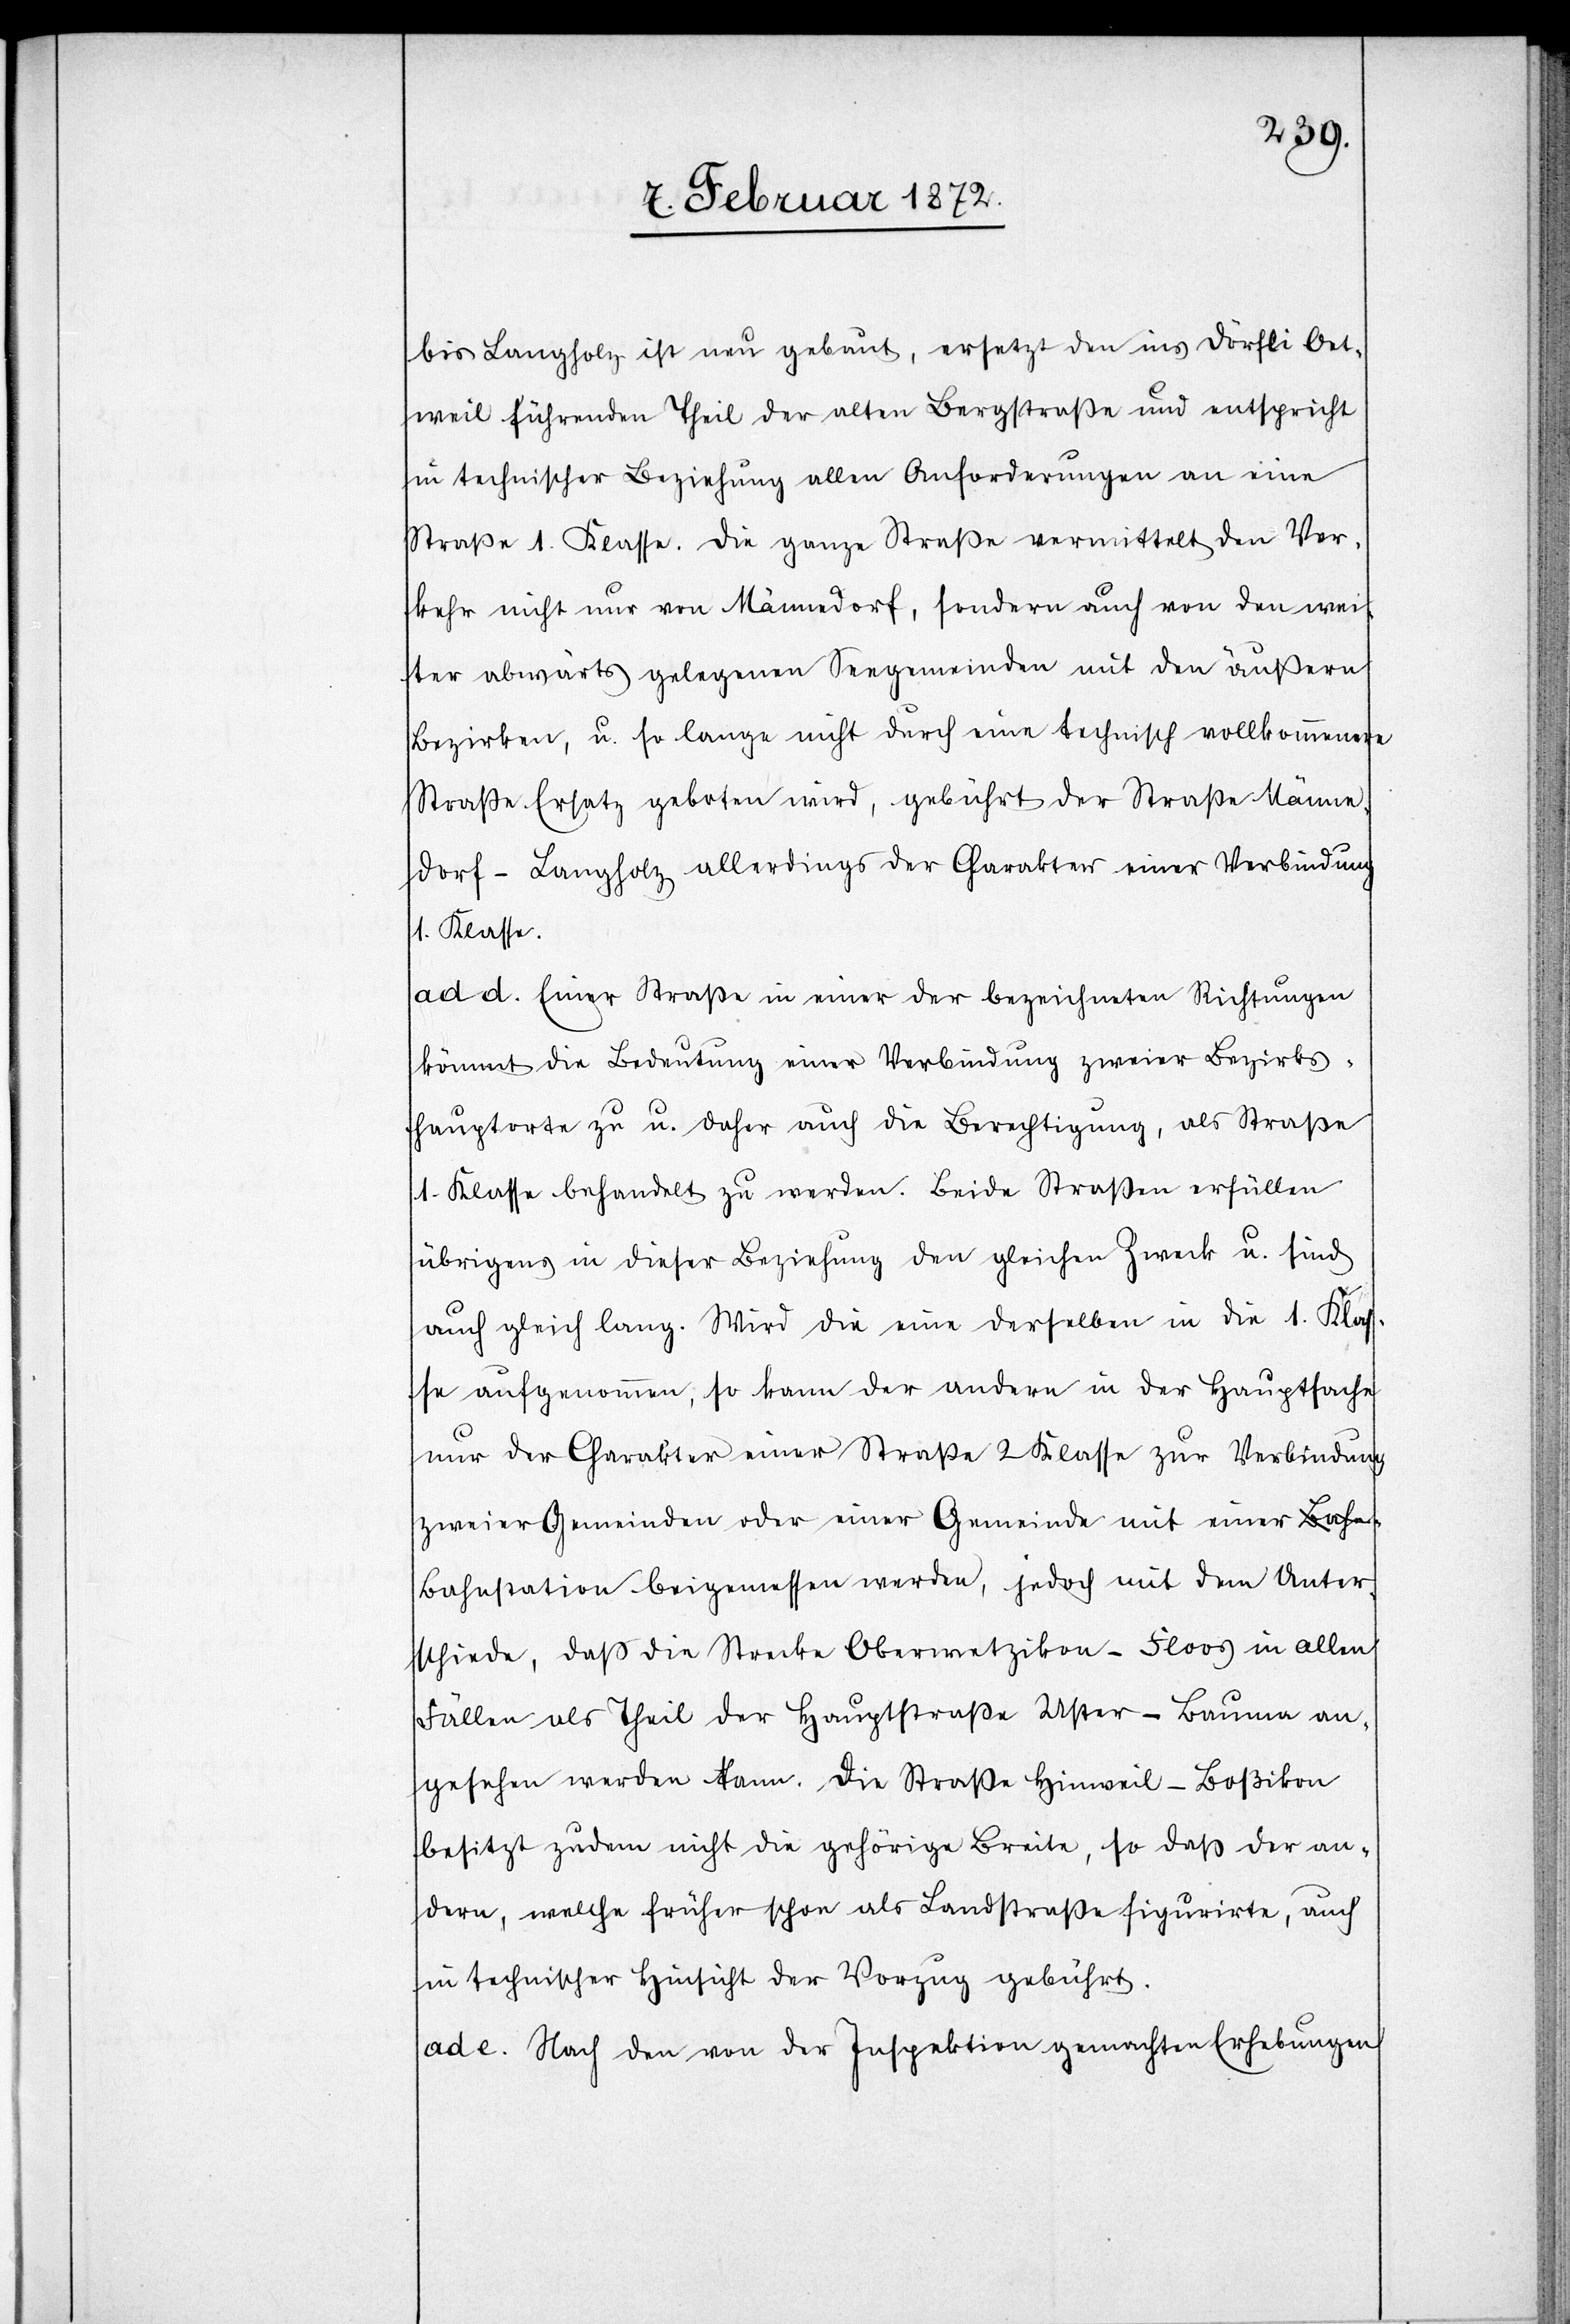
bis Langholz ist neu gebaut, ersetzt den ins Dörfli Oet¬
weil führenden Theil der alten Bergstraße und entspricht
in technischer Beziehung allen Anforderungen an eine
Straße 1. Klasse. Die ganze Straße vermittelt den Ver¬
kehr nicht nur von Männedorf, sondern auch von den wei¬
ter abwärts gelegenen Seegemeinden mit den äußern
Bezirken, u. so lange nicht durch eine technische vollkommenere
Straße Ersatz geboten wird, gebührt der Straße Männe¬
dorf–Langholz allerdings der Charakter einer Verbindung
1. Klasse.
ad. d. Einer Straße in einer der bezeichneten Richtungen
kömmt die Bedeutung einer Verbindung zweier Bezirks¬
hauptorte zu u. daher auch die Berechtigung, als Straße
1. Klasse behandelt zu werden. Beide Straßen erfüllen
übrigens in dieser Beziehung den gleichen Zweck u. sind
auch gleich lang. Wird die eine derselben in die 1. Klas¬
se aufgenommen, so kann der andern in der Hauptsache
nur der Charakter einer Straße 2 Klasse zur Verbindung
zweier Gemeinden oder einer Gemeinde mit einer B¬
ahnstation beigemessen werden, jedoch mit den Unter¬
schiede, daß die Strecke Oberwetzikon–Floos in allen
Fällen als Theil der Hauptstraße Uster–Bauma an¬
gesehen werden kann. Die Straße Hinweil–Boßikon
besitzt zudem nicht die gehörige Breite, so daß der an¬
dern, welche früher schon als Landstraße figurirte, auch
in technischer Hinsicht der Vorzug gebührt.
ad e. Nach den von der Inspektion gemachten Erhebungen